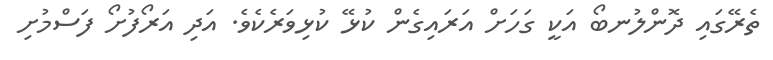
ތެރޭގައި ދޮންލުނބޯ އަކީ ގަހަށް އަރައިގެން ކުޅޭ ކުޅިވަރެކެވެ. އަދި އަރޯފުށޯ ފަސްމުށި